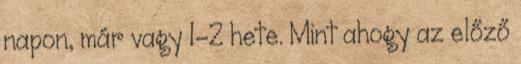
napon, már vagy 1-2 hete. Mint ahogy az előző